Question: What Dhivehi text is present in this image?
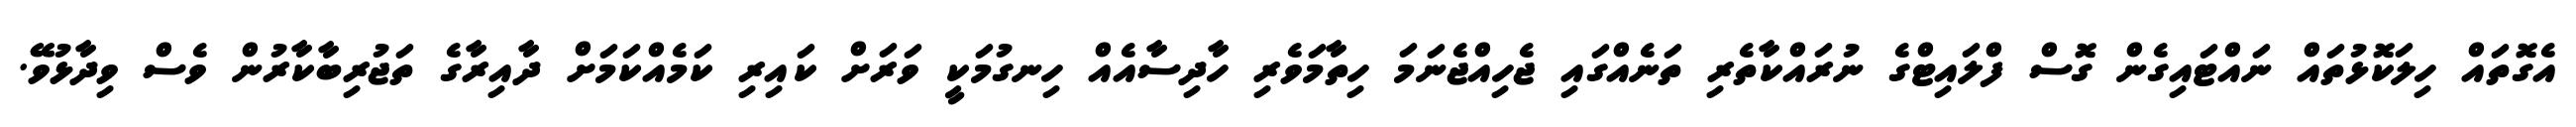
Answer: އެގޮތައް ހިލަކޮޅުތައް ނައްޓައިގެން ގޮސް ފްލައިޓްގެ ނުރައްކާތެރި ތަނެއްގައި ޖެހިއްޖެނަމަ ހިތާމަވެރި ހާދިސާއެއް ހިނގުމަކީ ވަރަށް ކައިރި ކަމެއްކަމަށް ދާއިރާގެ ތަޖުރިބާކާރުން ވެސް ވިދާޅުވޭ.